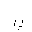
Letter: _ba